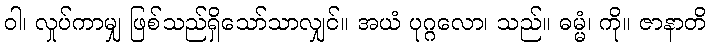
ဝါ၊ လှုပ်ကာမျှ ဖြစ်သည်ရှိသော်သာလျှင်။ အယံ ပုဂ္ဂလော၊ သည်။ ဓမ္မံ၊ ကို။ ဇာနာတိ